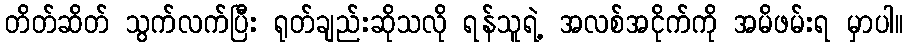
တိတ်ဆိတ် သွက်လက်ပြီး ရုတ်ချည်းဆိုသလို ရန်သူရဲ့ အလစ်အငိုက်ကို အမိဖမ်းရ မှာပါ။